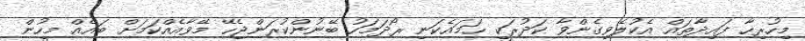
މިހުރިހާ ފައިދާތައް އެކުލެވިގެންވާ ކަދުރަކީ ހަމައެކަނި ރޯދަމަހު ބޭނުންކުރަންޖެހޭ މޭވާއެއްކަމަށް ބައެއް މީހުން